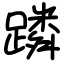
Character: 蹸